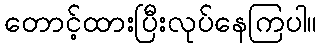
တောင့်ထားပြီးလုပ်နေကြပါ။